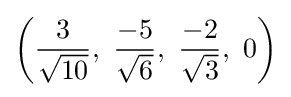
\left({\frac {3}{\sqrt {10}}},\ {\frac {-5}{\sqrt {6}}},\ {\frac {-2}{\sqrt {3}}},\ 0\right)